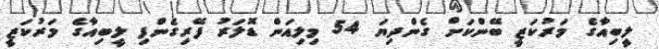
ލީބިއާގެ މަރުކަޒީ ބޭންކަށް ގެންދިޔަ 54 މިލިއަން ޑޮލަރު ފޭރިގެންފި ލީބިއާގެ މަރުކަޒީ